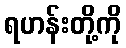
ရဟန်းတို့ကို